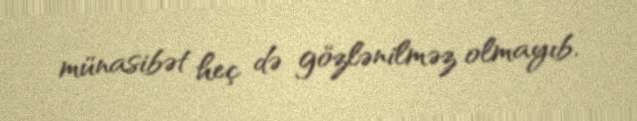
münasibət heç də gözlənilməz olmayıb.